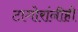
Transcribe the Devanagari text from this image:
टागोरांनीही